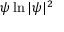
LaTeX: \psi \ln | \psi | ^ { 2 }